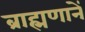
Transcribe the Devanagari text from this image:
ब्राह्मणानें